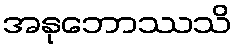
အနုဘောဿသိ